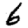
Digit: 6